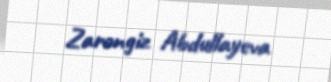
Zarəngiz Abdullayeva